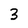
Character: 3